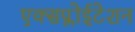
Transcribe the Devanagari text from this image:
एक्सप्लोईटेशन